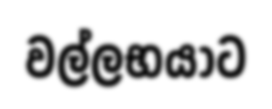
වල්ලභයාට